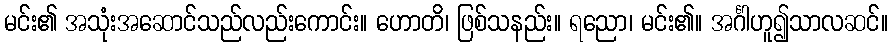
မင်း၏ အသုံးအဆောင်သည်လည်းကောင်း။ ဟောတိ၊ ဖြစ်သနည်း။ ရညော၊ မင်း၏။ အင်္ဂါဟူ၍သာလဆင်။